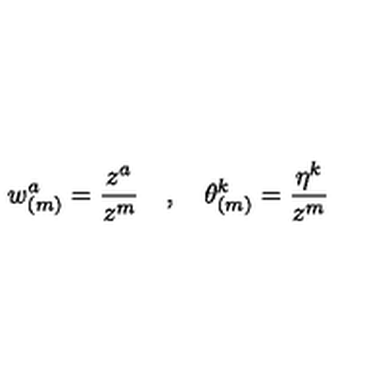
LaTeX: w _ { ( m ) } ^ { a } = \frac { z ^ { a } } { z ^ { m } } \quad , \quad \theta _ { ( m ) } ^ { k } = \frac { \eta ^ { k } } { z ^ { m } }